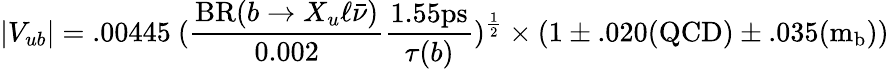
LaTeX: |V_{ub}|=.00445~(\frac{\mathrm{BR}(b\rightarrow X_{u}\ell\bar{\nu})}{0.002}\frac{1.55\mathrm{ps}}{\tau(b)})^{\frac{1}{2}}\times(1\pm.020\mathrm{(QCD)}\pm.035\mathrm{(m_{b})})